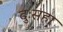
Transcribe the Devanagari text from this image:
दुःसहा